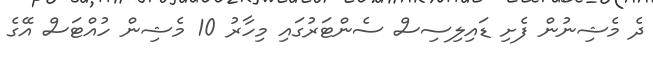
ދެ މެޝިނުން ފެށި ޑައިލިސިސް ސެންޓަރުގައި މިހާރު 10 މެޝިން ހުއްޓަސް އޭގެ